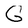
Character: G